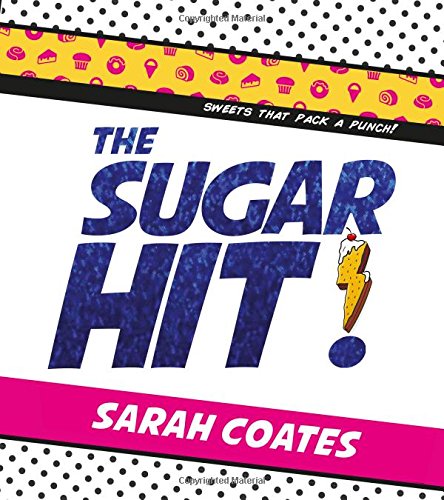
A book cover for The Sugar Hit!: Sweets That Pack a Punch!; Sarah Coates; Cookbooks, Food & Wine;